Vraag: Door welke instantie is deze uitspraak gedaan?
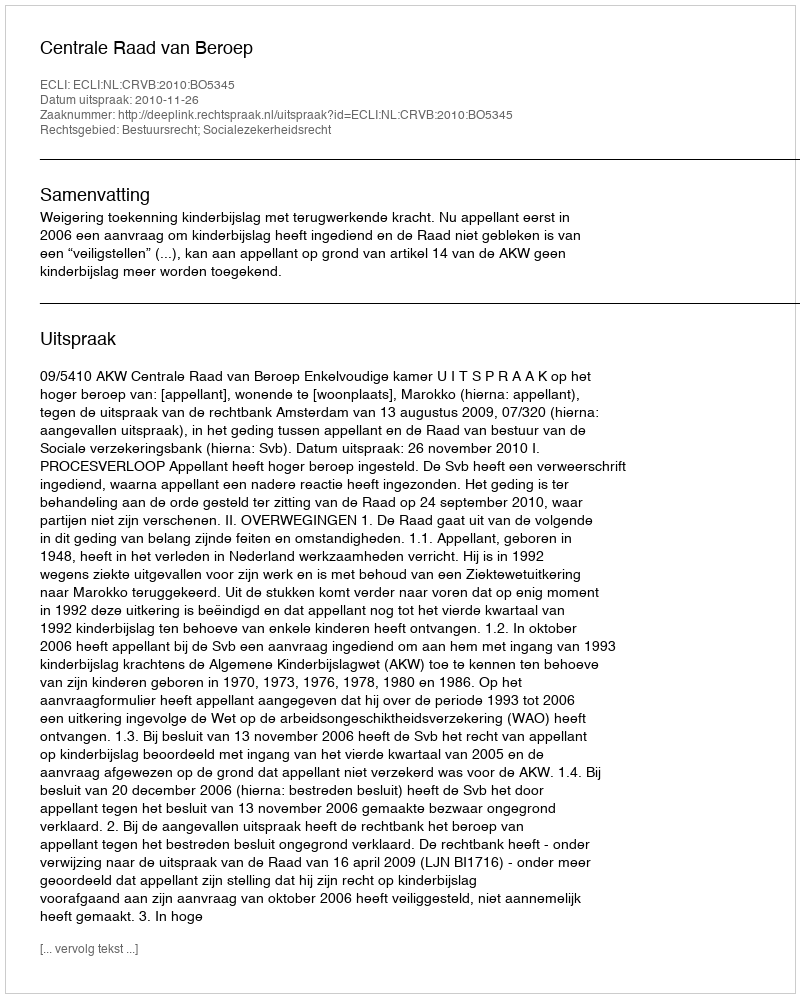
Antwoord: Centrale Raad van Beroep